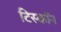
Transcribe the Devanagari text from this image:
टिस्कॉन